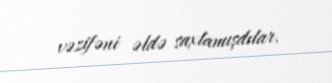
vəzifəni əldə saxlamışdılar.